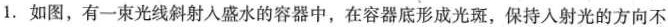
1.如图，有一束光线斜射入盛水的容器中，在容器底形成光斑，保持入射光的方向不